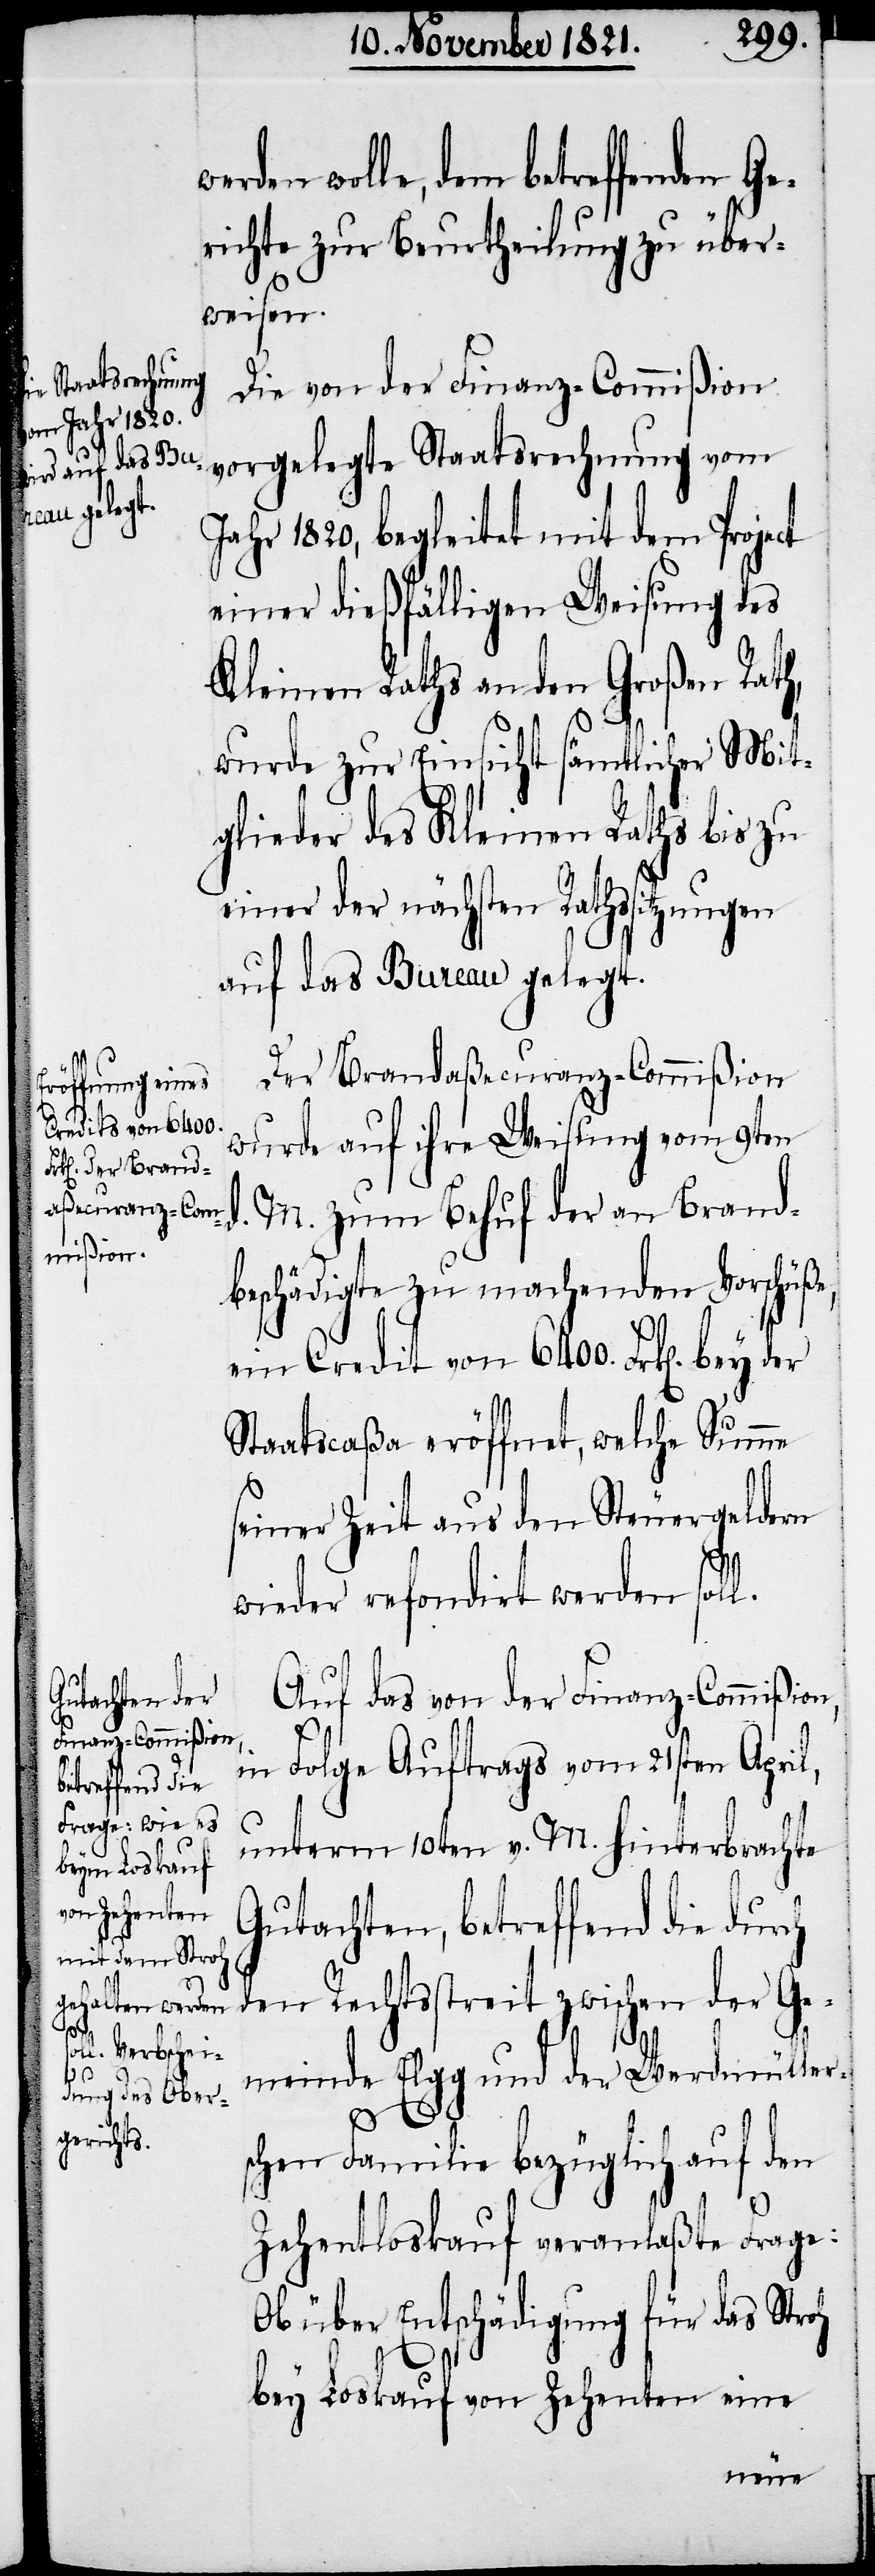
den wolle, dem betreffenden Ge¬
richte zu Beurtheilung zu über¬
weisen.
e Staatsrechnung
Die von der Finanz-Commißion
vorgelegt¬
Jahr 1820, begleitet mit dem Project
einer dießfälligen Weisung des
Kleinen Raths an den Großen Rath,
wurde zur Einsicht sämtlicher Mit¬
glieder des Kleinen Raths bis zu
einer der nächsten Rathssitzungen
auf das Büreau gelegt.
Der Brandaßecuranz-Commißion
Credit von 6400.
wurde auf ihre Weisung vom 9ten
d. M. zum Behuf der an Brand¬
beschädigte zu machenden Vorschüße,
Staatscaßa eröffnet, welche Summe
seiner Zeit aus den Steuergeldern
wieder refondirt werden soll.
Auf das von der Finanz-Commißion,
wer¬
in Folge Auftrags vom 21sten April,
unterm 10ten v. M. hinterbrachte
Gutachten, betreffend die durch
den Rechtsstreit zwischen der Ge¬
meinde Elgg und der Werdmüller¬
schen Familie bezüglich auf den
Zehentloskauf veranlaßte Frage:
Ob über Entschädigung für das Stroh
bey Loskauf von Zehenten eine